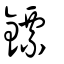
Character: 鏢